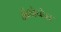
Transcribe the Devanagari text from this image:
ॲलोव्हेरा